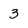
Character: 3